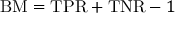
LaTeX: \mathrm { B M } = \mathrm { T P R } + \mathrm { T N R } - 1